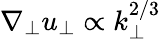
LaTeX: \nabla_{\perp}u_{\perp}\propto k_{\perp}^{2/3}